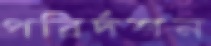
পরির্দশন